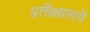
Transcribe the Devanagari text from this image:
प्रतीक्षालये